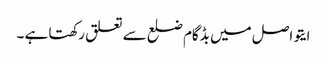
ایتو اصل میں بڈگام ضلع سے تعلق رکھتا ہے ۔